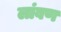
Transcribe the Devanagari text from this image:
लांबण